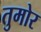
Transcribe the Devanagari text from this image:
तुमोर